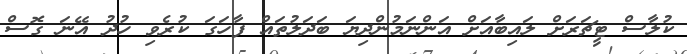
ކުލާސް ޓީޗަރަށް ލައިބާއަށް އަންނަމުންދިޔަ ބަދަލުތައް ފާހަގަ ކުރެވި ހުދު އޭނަ ގޮސް